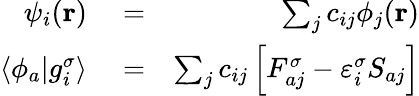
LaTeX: \begin{array}{rlr}{\psi_{i}(\mathbf r)}&{{}=}&{\sum_{j}c_{ij}\phi_{j}(\mathbf r)}\\ {\langle\phi_{a}|g_{i}^{\sigma}\rangle}&{{}=}&{\sum_{j}c_{ij}\left[F_{aj}^{\sigma}-\varepsilon_{i}^{\sigma}S_{aj}\right]}\end{array}